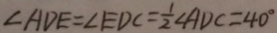
\angle A D E = \angle E D C = \frac { 1 } { 2 } \angle A D C = 4 0 ^ { \circ }